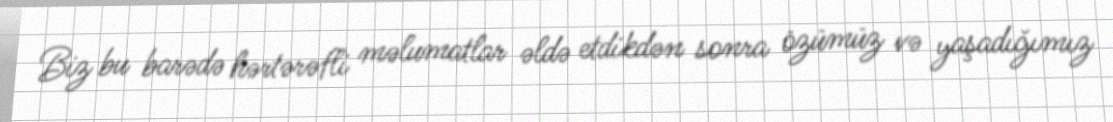
Biz bu barədə hərtərəfli məlumatlar əldə etdikdən sonra özümüz və yaşadığımız